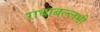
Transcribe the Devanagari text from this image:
राधाबल्लभी